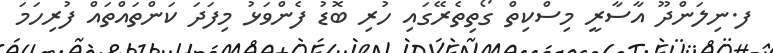
ފ.ނިލަންދޫ އާސާރީ މިސްކިތް ގޯތިތެރޭގައި ހުރި ބޮޑު ފެންވަޅު މިފަދަ ކަންތައްތައް ފުރިހަމަ